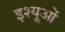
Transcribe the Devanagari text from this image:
इश्यूओं